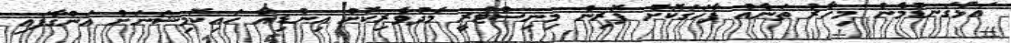
އަޅުގަނޑުމެން މިހާރު ތަނެއް ފާހަގަކޮށް ފޮރިން މިނިސްޓްރީ މެދުވެރިކޮށް އިންޑިއާ ހައިކޮމިޝަނަށް އަންގާފައި